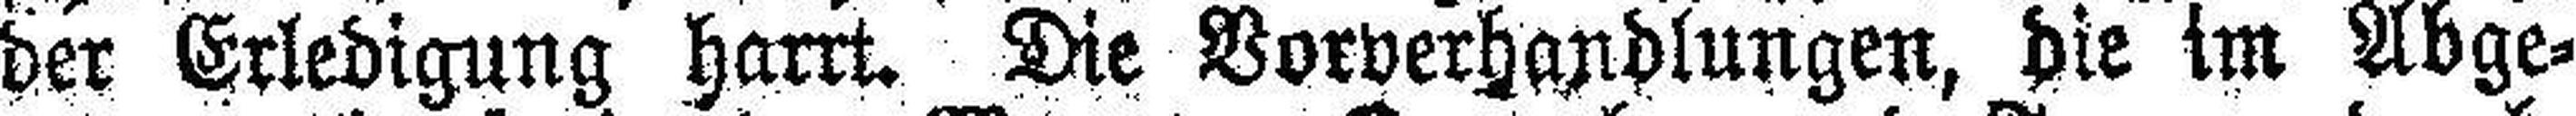
der Erledigung harrt. Die Vorverhandlungen, die im Abge¬